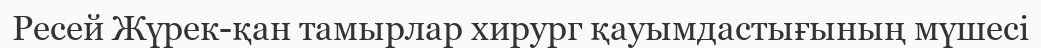
Ресей Жүрек-қан тамырлар хирург қауымдастығының мүшесі